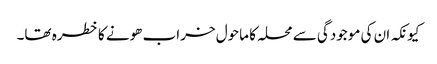
کیونکہ ان کی موجودگی سے محلہ کا ماحول خراب ھونے کا خطرہ تھا۔